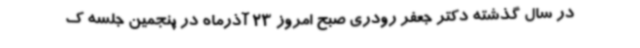
در سال گذشته دکتر جعفر رودری صبح امروز 23 آذرماه در پنجمین جلسه ک